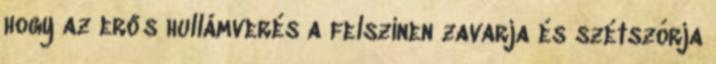
hogy az erős hullámverés a felszínen zavarja és szétszórja